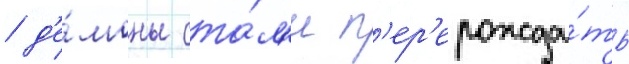
/ д'е́моны ста́л'и п'ер'ерожда́ть